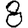
Digit: 8